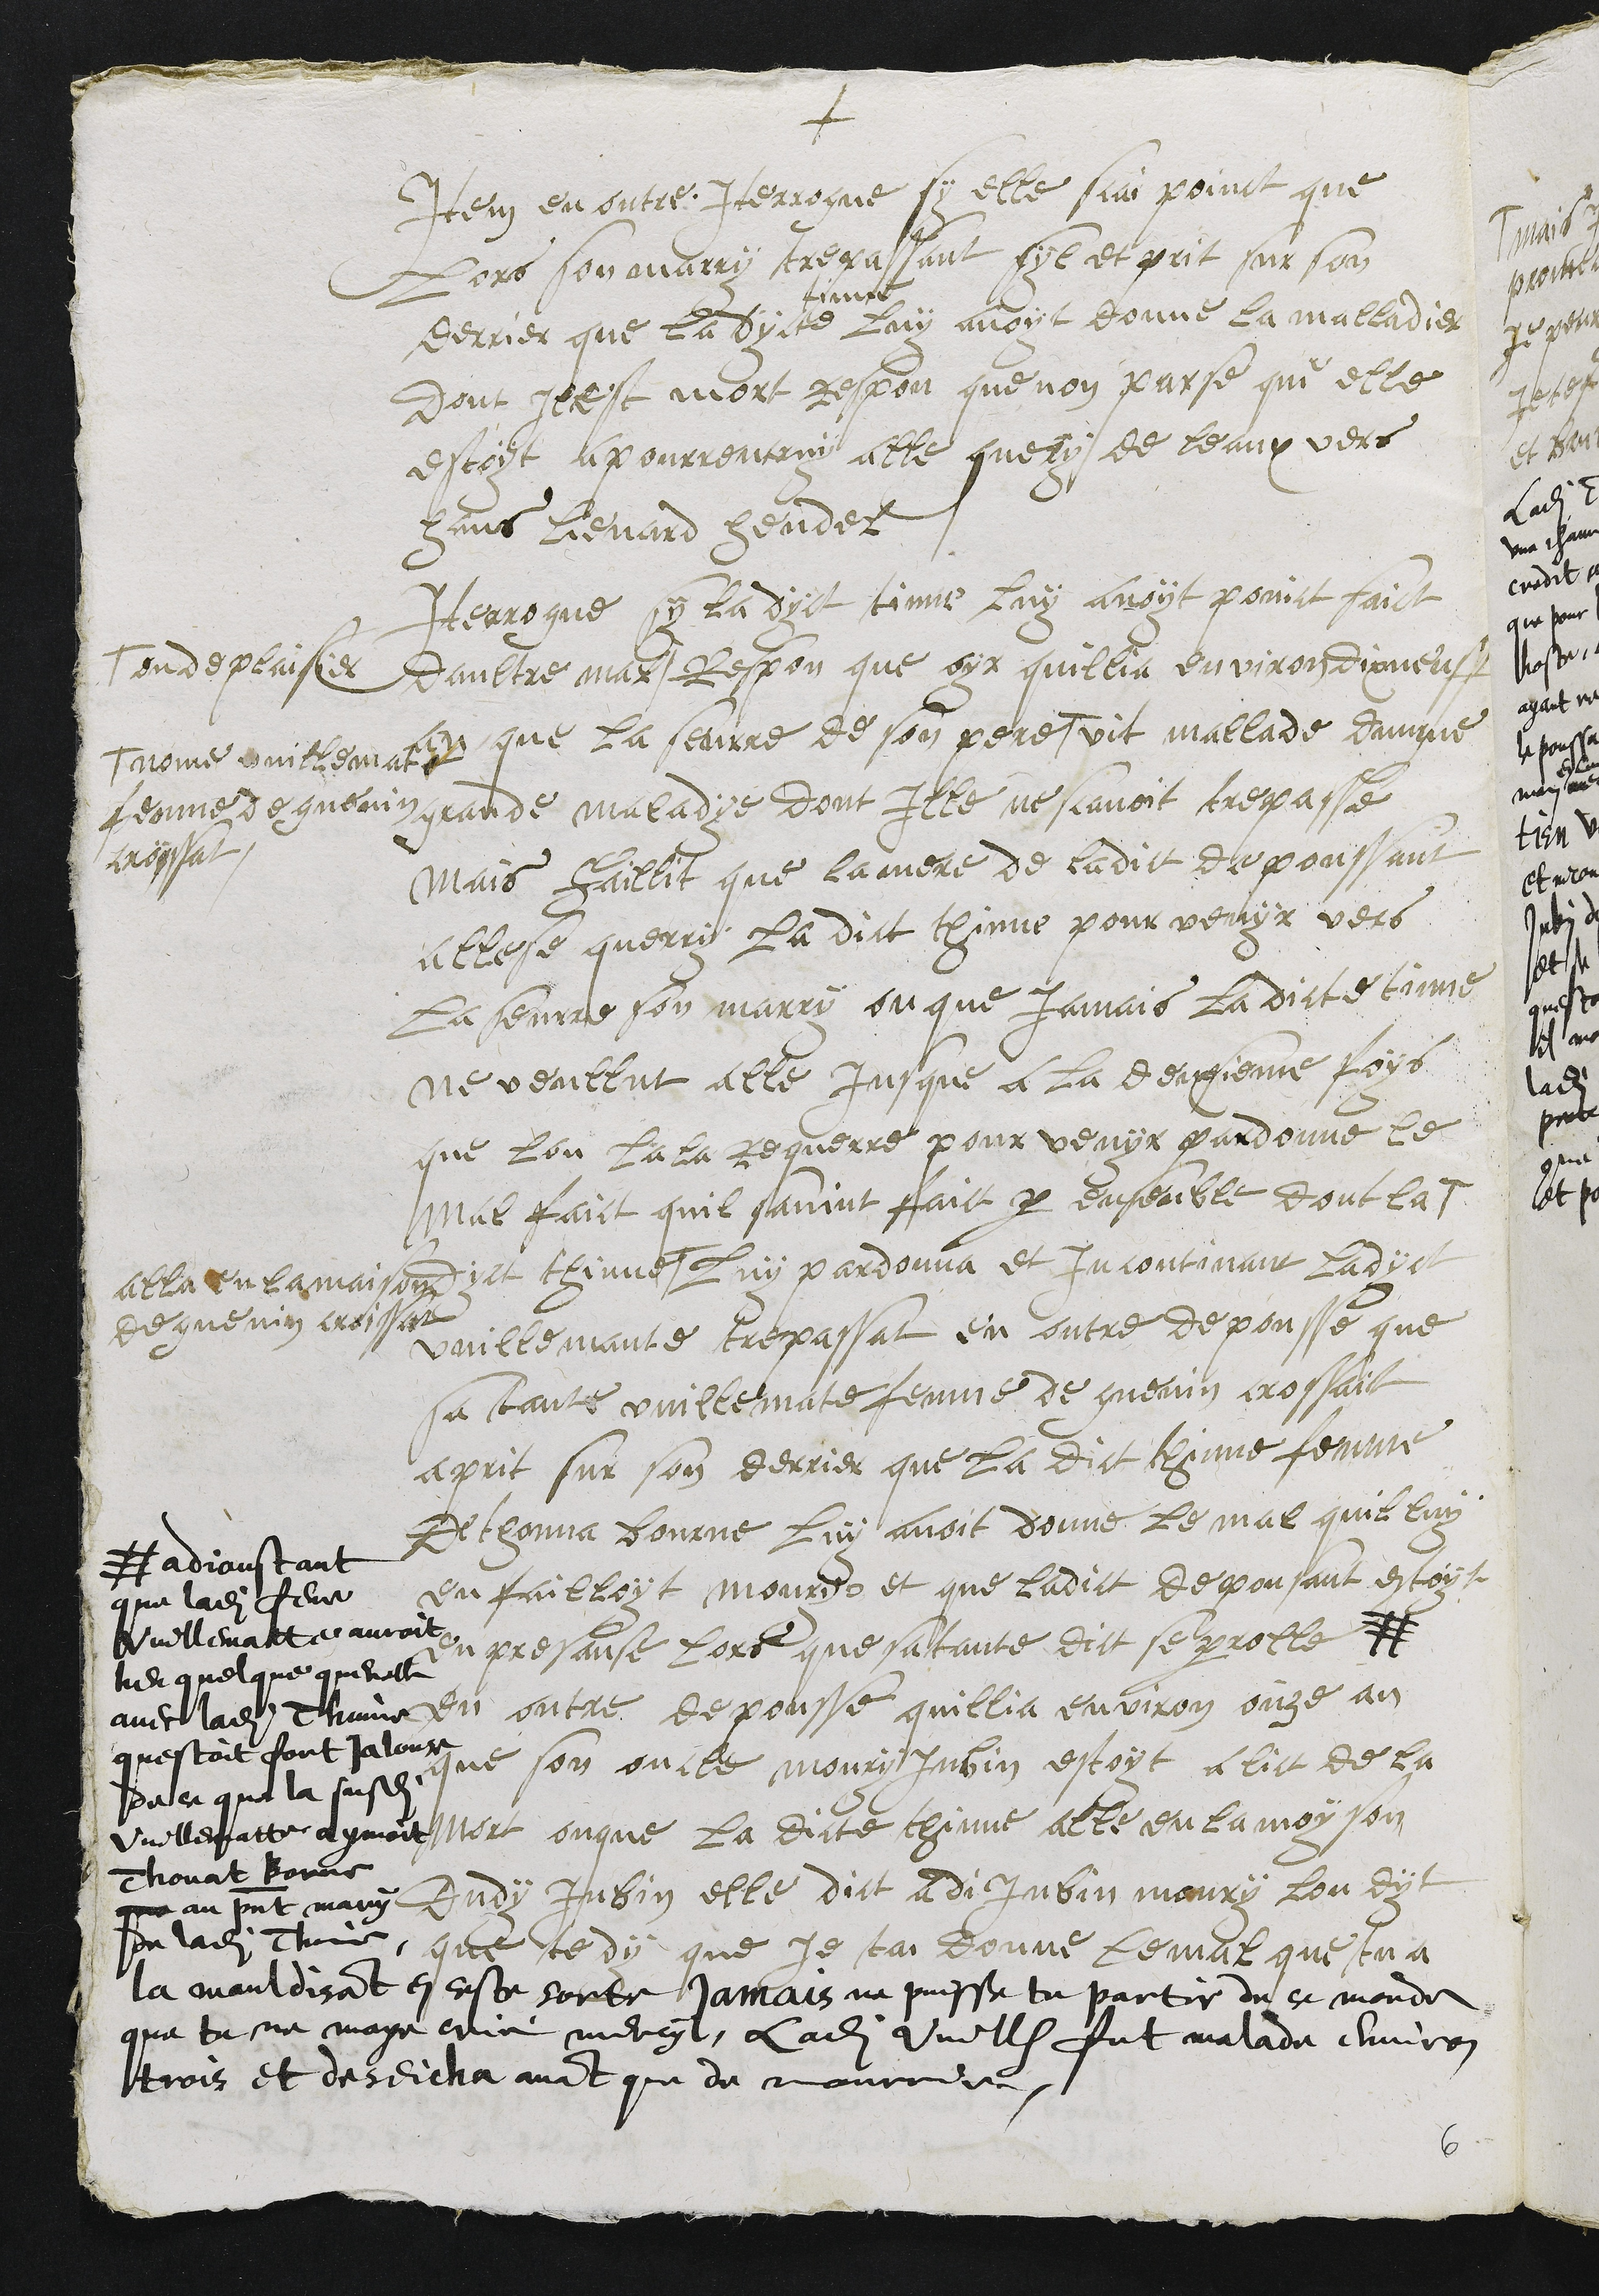
+
Item en outre Iterrogue sy elle scai poinct que
lors son marry trepassant syl et prit sur son
derrier que ladycte
tinne
luy avoit donne la malladie
dont Il est mort respon que non parse que elle
estoyt a pourrentruy alle query de leaux vers
Hans Lienard Hendel
Iterrogue sy la dyct tinne luy avoit poinct faict
daultre mal #
# ou deplaisier
Respon que oyr quillia environ dixneuff
an que la seurre de son pere #
# nome vuillemate
femme de guenin
croyssat
vit mallade dungne
grande maladye dont Ille ne scavoit trepasse
mais faillit que la mere de ladict depoussant
alle se querry la dict thinne pour venyr vers
La seurre son marry ou que jamais ladicte tinne
ne veullut alle Jusque a la deuxsieme foys
que lon lala Requerre pour venyr pardonne le
mal faict quil savint faict par ensenble dont la
dyct thinne #
alla en la maison
de guenin croissar
luy pardonna et incontinant ladyct
vuillemaute trepassat en outre depousse que
sa tante vuillemate femme de guenin crossait
aprit sur son derrier que la dict thinne femme
De thonna bourne luy avoit donne le mal quil luy
en failloyt mourys et que ladict depousant estoyt
en presanse lors que sa tante dict se parolle #
# adjoustant
que ladite feue
Vuillematte auroit
heu quelque querelle
avec ladite Thinne
questoit fort jalouse
de ce que la susdite
Vuillematte aymoit
Thonat Borne
que au present mary
de ladite Thinne
la mauldisant en ceste sorte Jamais ne puisse tu partir de ce monde
que tu ne maye crié mercy, Ladite Vuille fut malade environ
trois et deseicha avant que de mourrir,
en outre depousse quillia environ onze an
que son oncle moury Jubin estoyt a lict de la
mort ouque la dicte thinne alle en la moyson
dudy Jubin elle dict a di Jubin moury lon dyt
que te dy que je tai donne le mal que tu a
6